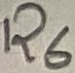
Text: R6